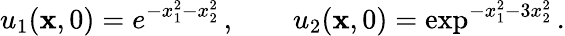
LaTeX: u_{1}({\mathbf{x}},0)=e^{-x_{1}^{2}-x_{2}^{2}}\, ,\qquad u_{2}({\mathbf{x}},0)=\exp^{-x_{1}^{2}-3x_{2}^{2}}\, .